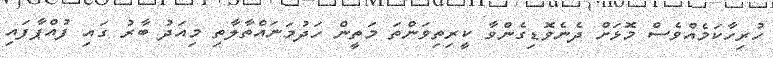
ހުރިހާކަމެއްވެސް މޮޅަށް ދެނެވޮޑިގެންވާ ކީރިތިވަންތަ މަތީން ހަދުމަނައްތާލާތި މިއަދު ބާރު ގައި ފުއްޕާފައި